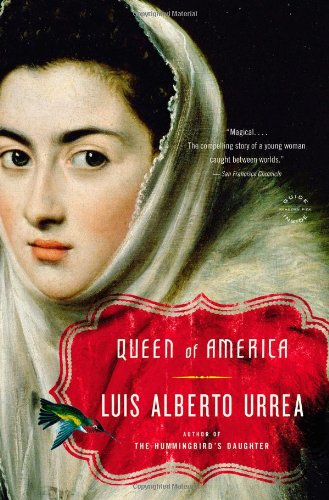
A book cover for Queen of America: A Novel; Luis Alberto Urrea; Literature & Fiction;